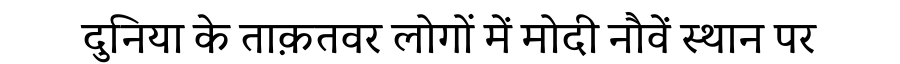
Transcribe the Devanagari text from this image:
दुनिया के ताक़तवर लोगों में मोदी नौवें स्थान पर